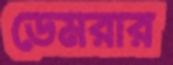
ডেমরার